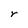
Character: r